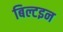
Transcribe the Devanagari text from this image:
बिल्टइन